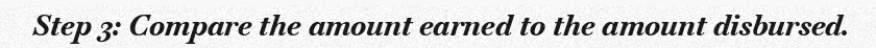
Step 3: Compare the amount earned to the amount disbursed.